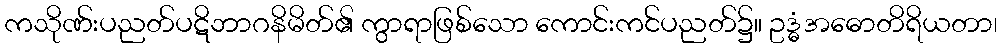
ကသိုဏ်းပညတ်ပဋိဘာဂနိမိတ်၏ ကွာရာဖြစ်သော ကောင်းကင်ပညတ်၌။ ဥဒ္ဓံအဓောတိရိယတာ၊